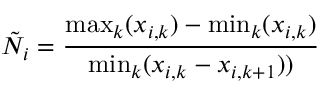
\tilde { N } _ { i } = \frac { \operatorname* { m a x } _ { k } ( x _ { i , k } ) - \operatorname* { m i n } _ { k } ( x _ { i , k } ) } { \operatorname* { m i n } _ { k } ( x _ { i , k } - x _ { i , k + 1 } ) ) }